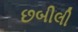
છબીલી